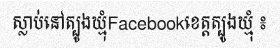
ស្លាប់នៅត្បូងឃ្មុំFacebookខេត្តត្បូងឃ្មុំ ៖